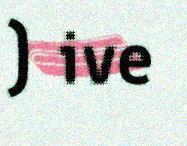
) ive